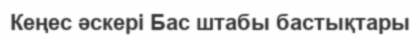
Кеңес әскері Бас штабы бастықтары